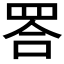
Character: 𦊴